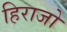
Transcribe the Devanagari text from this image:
हिराजो